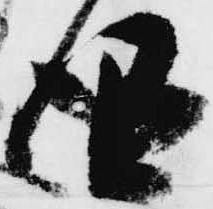
得